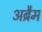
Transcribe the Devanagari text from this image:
अब्रैम